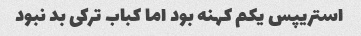
استریپس یکم کهنه بود اما کباب ترکی بد نبود